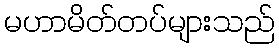
မဟာမိတ်တပ်များသည်